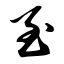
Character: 至